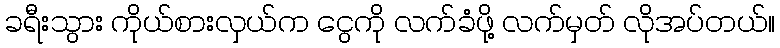
ခရီးသွား ကိုယ်စားလှယ်က ငွေကို လက်ခံဖို့ လက်မှတ် လိုအပ်တယ်။